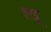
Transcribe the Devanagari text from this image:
श्खू